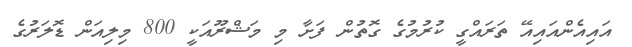
އައިއެންއައިއޭ ތަރައްގީ ކުރުމުގެ ގޮތުން ފަށާ މި މަޝްރޫއަކީ 800 މިލިއަން ޑޮލަރުގެ